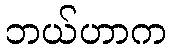
ဘယ်ဟာက